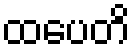
ထပေတိ